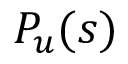
P _ { u } ( s )